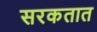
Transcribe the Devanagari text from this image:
सरकतात